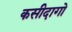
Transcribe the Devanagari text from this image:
कसीदागो